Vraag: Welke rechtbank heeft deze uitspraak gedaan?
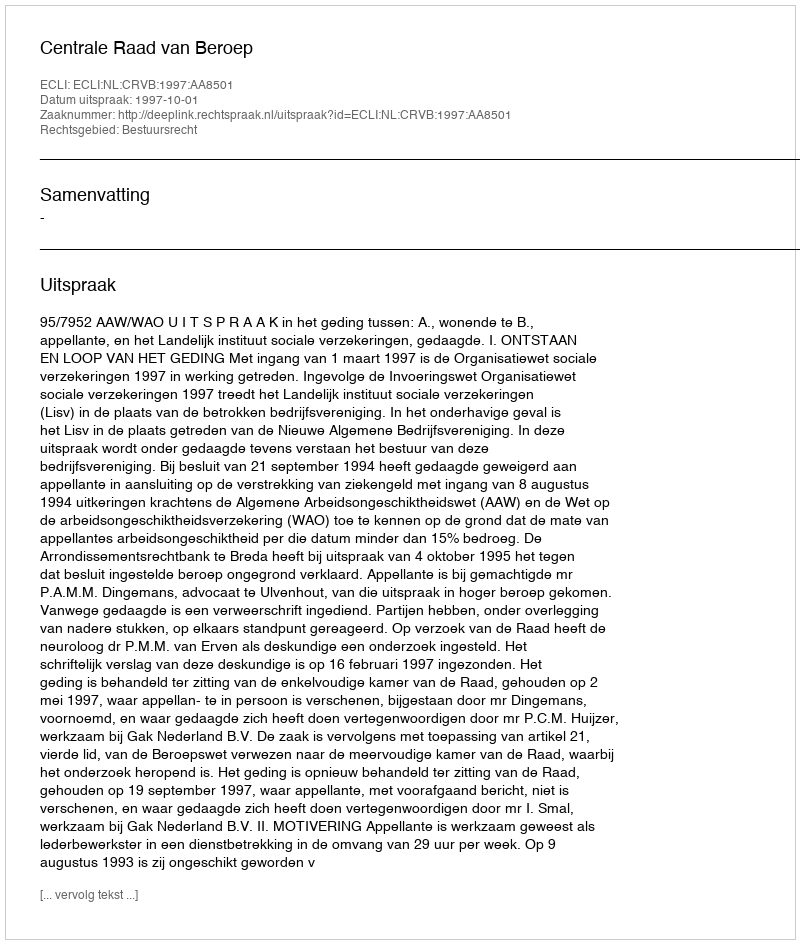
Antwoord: Centrale Raad van Beroep